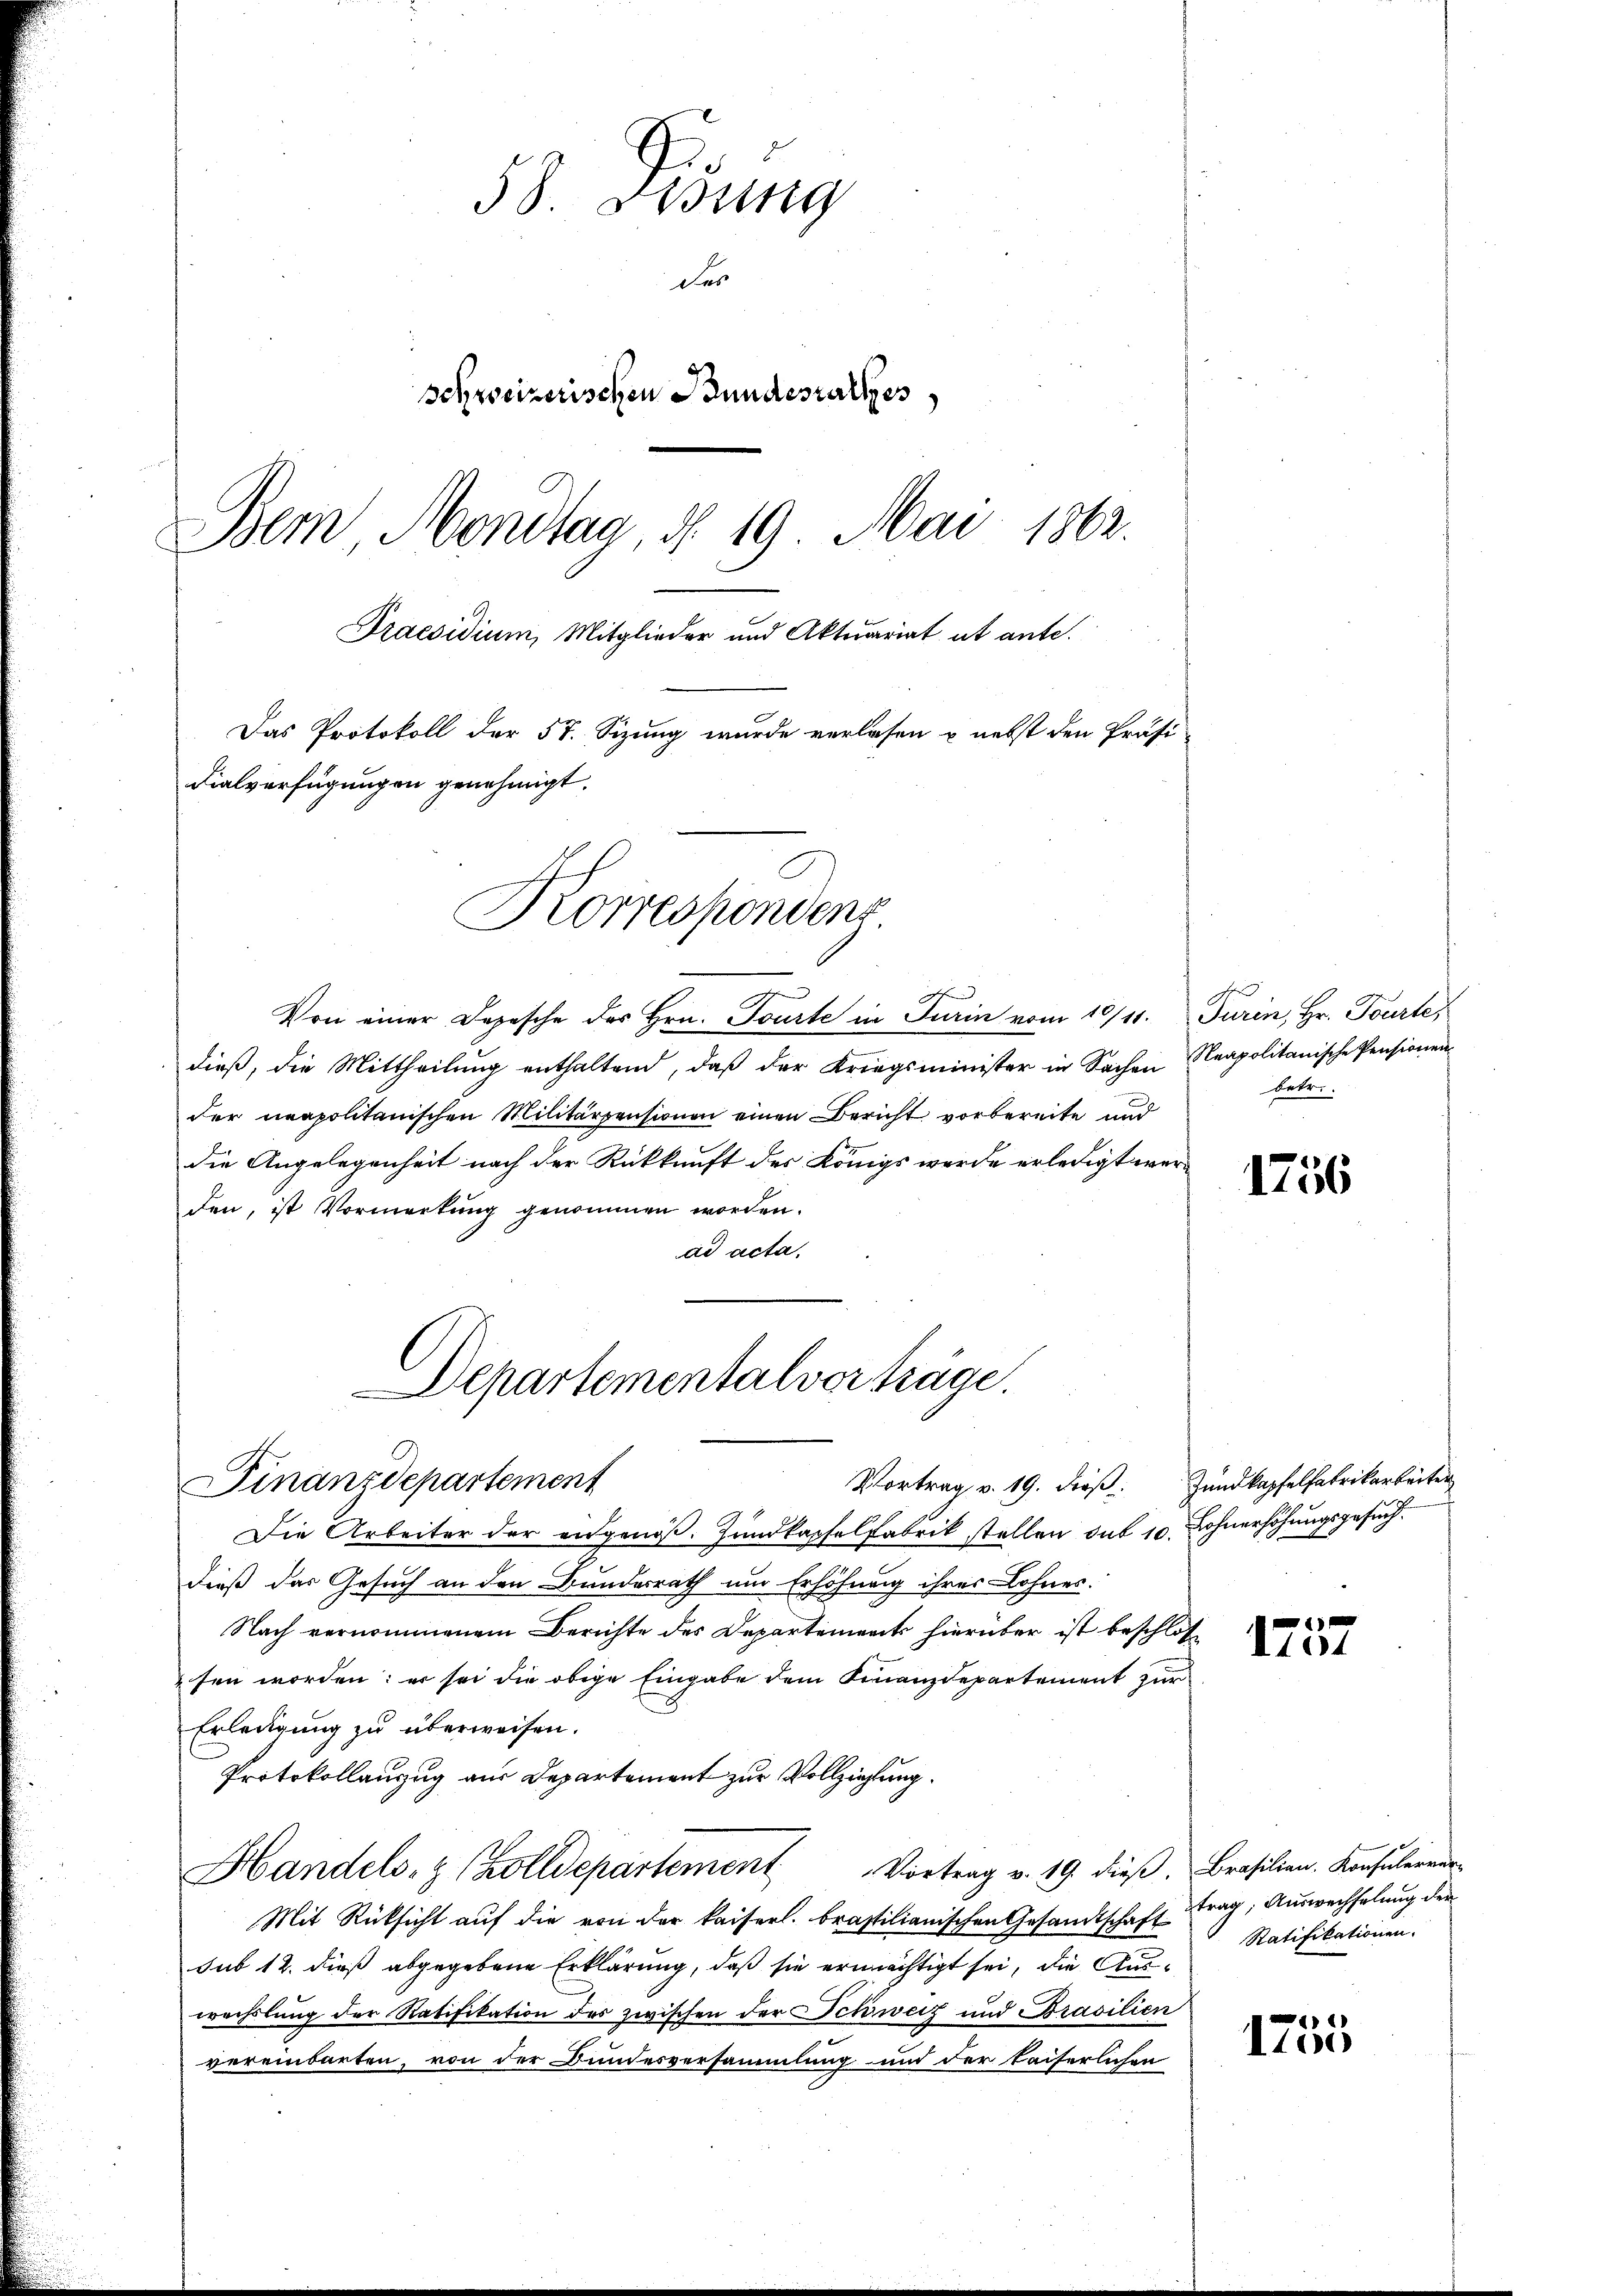
38 Disung
des
schweizerischen Bundesrathes
Bem Mondtag, d. 19 Mai 1862.
Praesidium, Mitglieder und Aktuariat et ante.
Das Protokoll der 57. Sizung wurde verlasen u. nebst den Präsi-
dialverfügungen genehmigt.

Von einer Depesche des Hrn. Tourte in Turin vom 10/11. Turin, Hr. Tourte,
dieß, die Mittheilung enthaltend, daβ der Kriegsminister in Sachen Neapolitanische Pensionen
der neapolitanischen Militärpensionen einen Bericht vorbereite und
die Angelegenheit nach der Rückkunft des Königs werde erledigt werden, ist Vormerkung genommen worden.
ad acta,
Departementalverträge.

Korrespondenz

Vortrag v. 19. dieß. Zundkapfelfabrikarbeiter
Finanzdepartement

betr.

Die Arbeiter der angenoß. Zundkapfelfabrik stellen das 10. Lohnerhöhungsgesuch
dieß das Gesuch an den Bundesrath um Erhöhung ihrer Lohnes.
Nach vernommenem Berichte des Departement hierüber ist beschlos
sen worden: er sei die obige Eingabe dem Finanzdepartement zur
Erledigung zu überweisen.
Protokollanzug aus Departement zur Vollziehung.
Handels- & Zolldepartement Vortrag v. 19. dieβ. Brasilien. Konsularrer
Mit Rücksicht auf die von der kaiserl. brasilianischen Gesandtschaft trag, Auswechselung der
sub 12. dieß abgegebene Erklärung, daß sie ermächtigt sei, die Auswechslung der Ratifikation des zwischen der Schweiz und Brasilien
vereinbarten, von der Bundesversammlung und der kaiserlichen

1756

1104

Ratifikationen.

1755